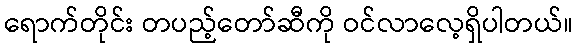
ရောက်တိုင်း တပည့်တော်ဆီကို ဝင်လာလေ့ရှိပါတယ်။